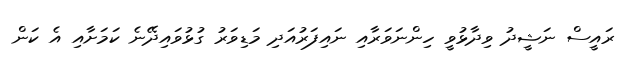
ރައީސް ނަޝީދު ވިދާޅުވީ ހިންނަވަރާއި ނައިފަރުއަދި މަޑިވަރު ގުޅުވައިދޭނެ ކަމަށާއި އެ ކަން